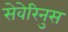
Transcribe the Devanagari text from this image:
सेवेरिनुस